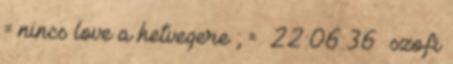
= nincs love a hetvegere ; = 22:06:36 szofi